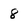
Character: 8